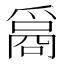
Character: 𤔦